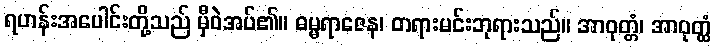
ရဟန်းအပေါင်းတို့သည် မှီဝဲအပ်၏။ ဓမ္မရာဇေန၊ တရားမင်းဘုရားသည်။ အာဝုတ္တံ၊ အာဝုတ္ထံ